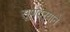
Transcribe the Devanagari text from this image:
सूणदर्‍याने